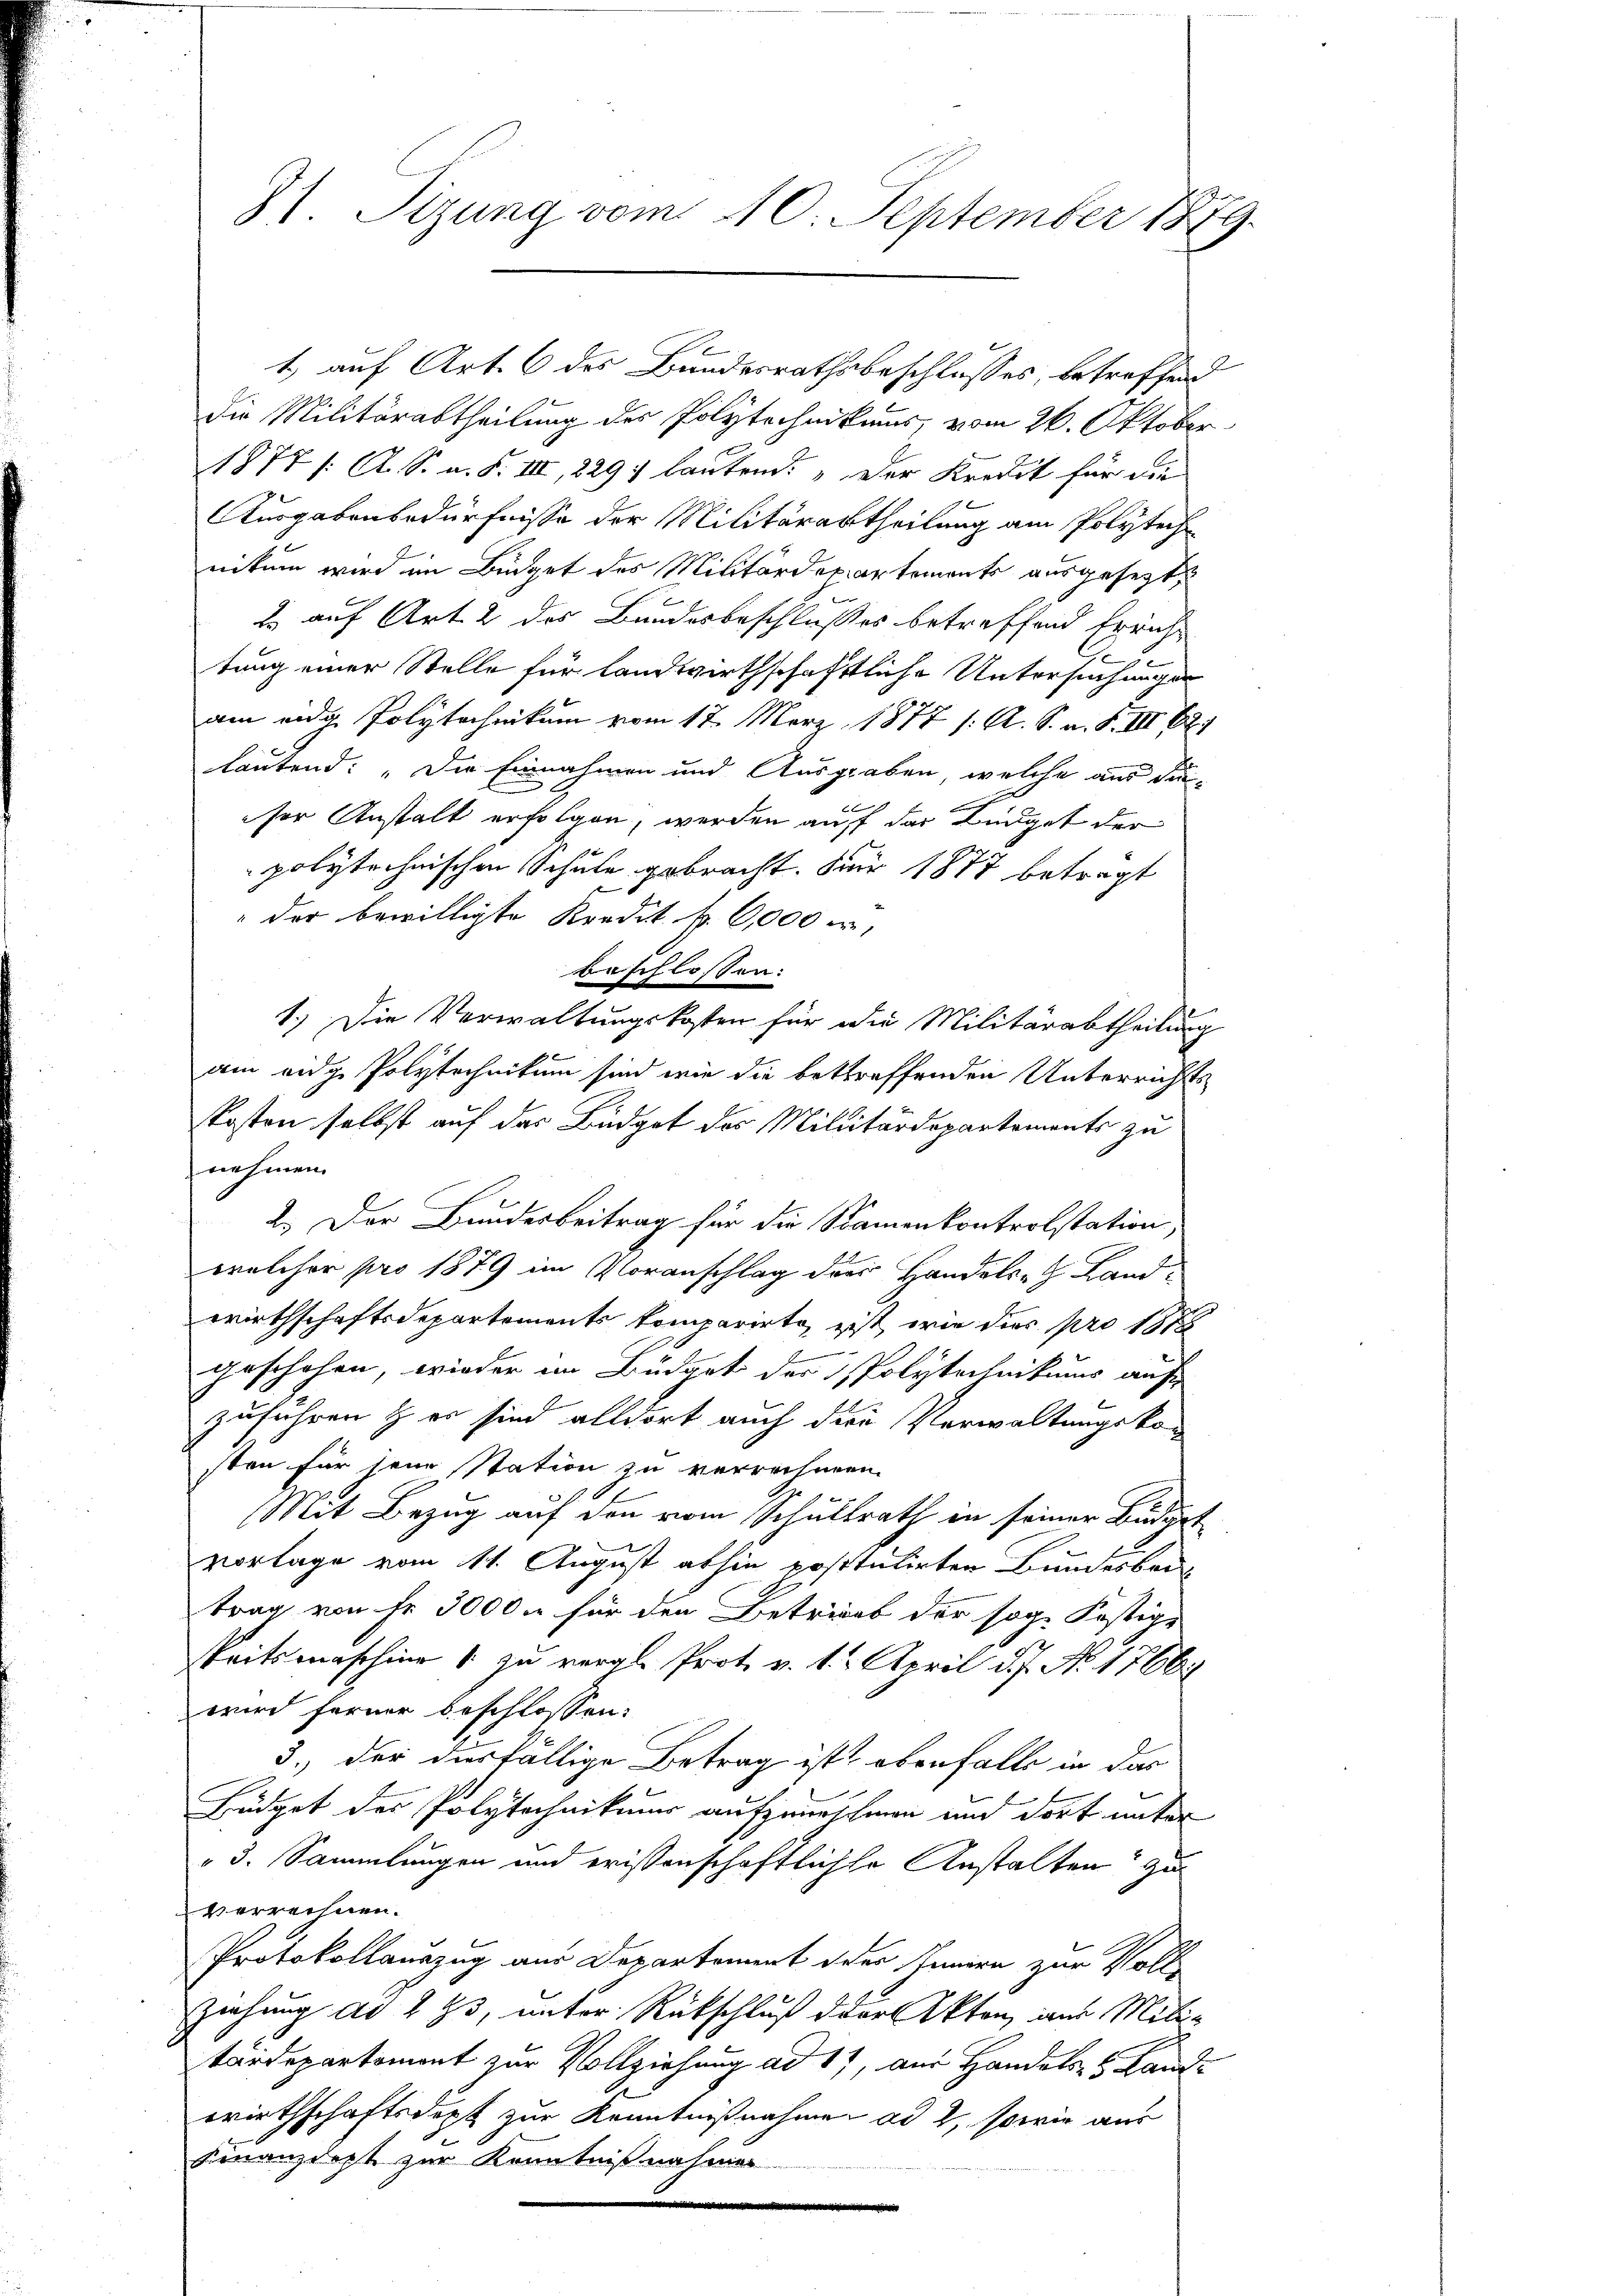
1) auf Art. 6 des Bundesrathsbeschlusses, betreffend
die Militärabtheilung der Polytechnikums, vom 26. Oktober
1878 / A. S. n. F. III, 8297 lautend: „Der Kredit für die
Ausgabenbedürfnisse der Militärartheilung am Polytech
nikum wird im Büdget des Militärdepartemente ausgesetzt
l auf Art. 2 des Bundesbeschlußes betreffend Erricht
.
tung einer Stelle für landwirthschaftliche Untersuchungen
am ande Polytechnikum vom 12. März 1877 /: A. S. n. F. III 62
lautend: „Die Einnahmen und Ausgraben, welche aus dieser Anstalt erfolgen, werden auf das Büdget der
polytechnischen Schule gebracht. Für 1877 betragt
" der bewilligte Kredit f. 6,000 er,
beschlossen:
1.) Die Verwaltungskosten für die Militärabtheilung
am eidge Polytechnikum sind wie die betreffenden Unterrichts
kosten selbst auf das Büdget des Militärdepartements zu
nehmen.
2.) Der Bundesbeitrag für die Samenkontrolstation,
welcher pro 1879 im Voranschlag der Handels- & Landwirthschaftsdepartements komparirte, ist, wie dies pro 187

geschehen, wieder im Büdget der Polytechnikums auf
zuführen & er sind alldort auch die Verwaltungskon
sten für jene station zu verrechnen.
Mit Bezug auf den vom Schultrath in seiner Budget
vorlage vom 11. August abhin postulirten Bundesbeitrag von Fr. 3000 u für den Betrieb der sog. Festige
Peitsmaschier 1 zu vergl. Prot. v. 1. April d. 7. No. 1766
wird ferner beschlossen:
3.) der diesfällige Betrag ist ebenfalls in das
Büdget des Polytechnikums aufzuerschien und dort unter
3. Sammlungen und erissenschaftlicher Anstalten zu
verrechnen.
Protokollauszug aus Departement oder Innern zur Voll¬
Ziehung ad 1 95, unter Rückschluß der Akten, nur Mili-
tärdepartemont zur Vollziehung ad 17, aus Handels- & Landi
wirthschaftsdest zur Kenntnißnahmen ad 2, sowie aus
Finanzdogt zur Kenntnißnahmen

31. Sizung vom 10. September 1889.